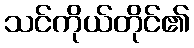
သင်ကိုယ်တိုင်၏